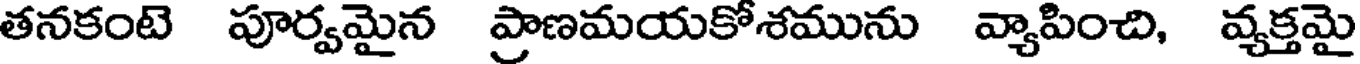
తనకంటె పూర్వమైన ప్రాణమయకోశమును వ్యాపించి, వ్యక్తమై